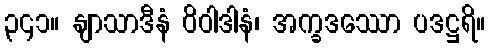
၃၄၁။ နျာသာဒီနံ ဝိဝါဒါနံ၊ အက္ခဒဿော ပဒဋ္ဌရိ။